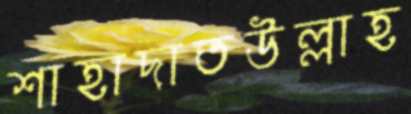
শাহাদাতউল্লাহ